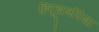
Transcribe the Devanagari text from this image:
हिंदूधर्मापेक्षा